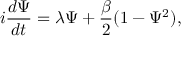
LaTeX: i { \frac { d \Psi } { d t } } = \lambda \Psi + { \frac { \beta } { 2 } } ( 1 - \Psi ^ { 2 } ) ,